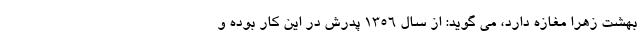
بهشت زهرا مغازه دارد، می گوید: از سال ۱۳۵۶ پدرش در این کار بوده و